Indian journal of veterinary science and animal husbandry - Volume 11,
Year: 1941
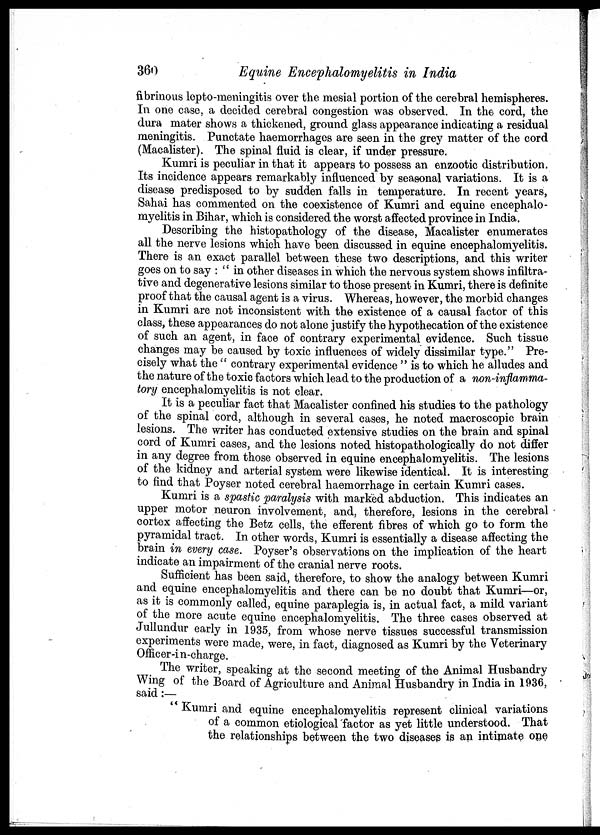
360
Equine Encephalomyelitis in India
fibrinous lepto-meningitis over the mesial portion of the cerebral hemispheres.
In one case, a decided cerebral congestion was observed. In the cord, the
dura mater shows a thickened, ground glass appearance indicating a residual
meningitis. Punctate haemorrhages are seen in the grey matter of the cord
(Macalister). The spinal fluid is clear, if under pressure.
Kumri is peculiar in that it appears to possess an enzootic distribution.
Its incidence appears remarkably influenced by seasonal variations. It is a
disease predisposed to by sudden falls in temperature. In recent years,
Sahai has commented on the coexistence of Kumri and equine encephalo-
myelitis in Bihar, which is considered the worst affected province in India.
Describing the histopathology of the disease, Macalister enumerates
all the nerve lesions which have been discussed in equine encephalomyelitis.
There is an exact parallel between these two descriptions, and this writer
goes on to say : " in other diseases in which the nervous system shows infiltra-
tive and degenerative lesions similar to those present in Kumri, there is definite
proof that the causal agent is a virus. Whereas, however, the morbid changes
in Kumri are not inconsistent with the existence of a causal factor of this
class, these appearances do not alone justify the hypothecation of the existence
of such an agent, in face of contrary experimental evidence. Such tissue
changes may be caused by toxic influences of widely dissimilar type." Pre-
cisely what the " contrary experimental evidence " is to which he alludes and
the nature of the toxic factors which lead to the production of a non-inflamma-
tory encephalomyelitis is not clear.
It is a peculiar fact that Macalister confined his studies to the pathology
of the spinal cord, although in several cases, he noted macroscopic brain
lesions. The writer has conducted extensive studies on the brain and spinal
cord of Kumri cases, and the lesions noted histopathologically do not differ
in any degree from those observed in equine encephalomyelitis. The lesions
of the kidney and arterial system were likewise identical. It is interesting
to find that Poyser noted cerebral haemorrhage in certain Kumri cases.
Kumri is a spastic paralysis with marked abduction. This indicates an
upper motor neuron involvement, and, therefore, lesions in the cerebral
cortex affecting the Betz cells, the efferent fibres of which go to form the
pyramidal tract. In other words, Kumri is essentially a disease affecting the
brain in every case. Poyser's observations on the implication of the heart
indicate an impairment of the cranial nerve roots.
Sufficient has been said, therefore, to show the analogy between Kumri
and equine encephalomyelitis and there can be no doubt that Kumri—or,
as it is commonly called, equine paraplegia is, in actual fact, a mild variant
of the more acute equine encephalomyelitis. The three cases observed at
Jullundur early in 1935, from whose nerve tissues successful transmission
experiments were made, were, in fact, diagnosed as Kumri by the Veterinary
Officer-in-charge.
The writer, speaking at the second meeting of the Animal Husbandry
Wing of the Board of Agriculture and Animal Husbandry in India in 1936,
said:—
"Kumri and equine encephalomyelitis represent clinical variations
of a common etiological factor as yet little understood. That
the relationships between the two diseases is an intimate one